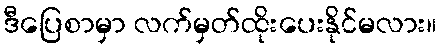
ဒီပြေစာမှာ လက်မှတ်ထိုးပေးနိုင်မလား။